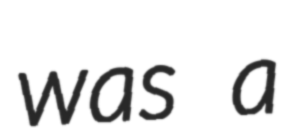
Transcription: was a